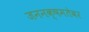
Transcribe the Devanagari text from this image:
जननक्षमतेवर